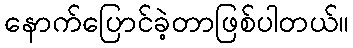
နောက်ပြောင်ခဲ့တာဖြစ်ပါတယ်။